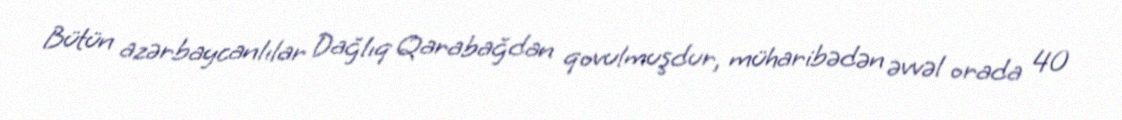
Bütün azərbaycanlılar Dağlıq Qarabağdan qovulmuşdur, müharibədən əvvəl orada 40